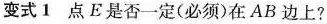
变式1点E是否一定(必须)在AB边上?